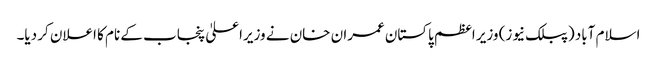
اسلام آباد (پبلک نیوز) وزیر اعظم پاکستان عمران خان نے وزیراعلیٰ پنجاب کے نام کا اعلان کر دیا۔